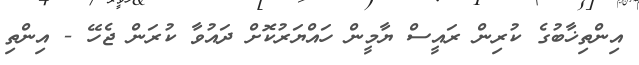
އިންތިޚާބުގެ ކުރިން ރައީސް ޔާމީން ހައްޔަރުކޮށް ދައުވާ ކުރަން ޖެހޭ - އިންތި